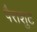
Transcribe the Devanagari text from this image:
पैराशुट